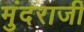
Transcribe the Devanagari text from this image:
मुंदराजी